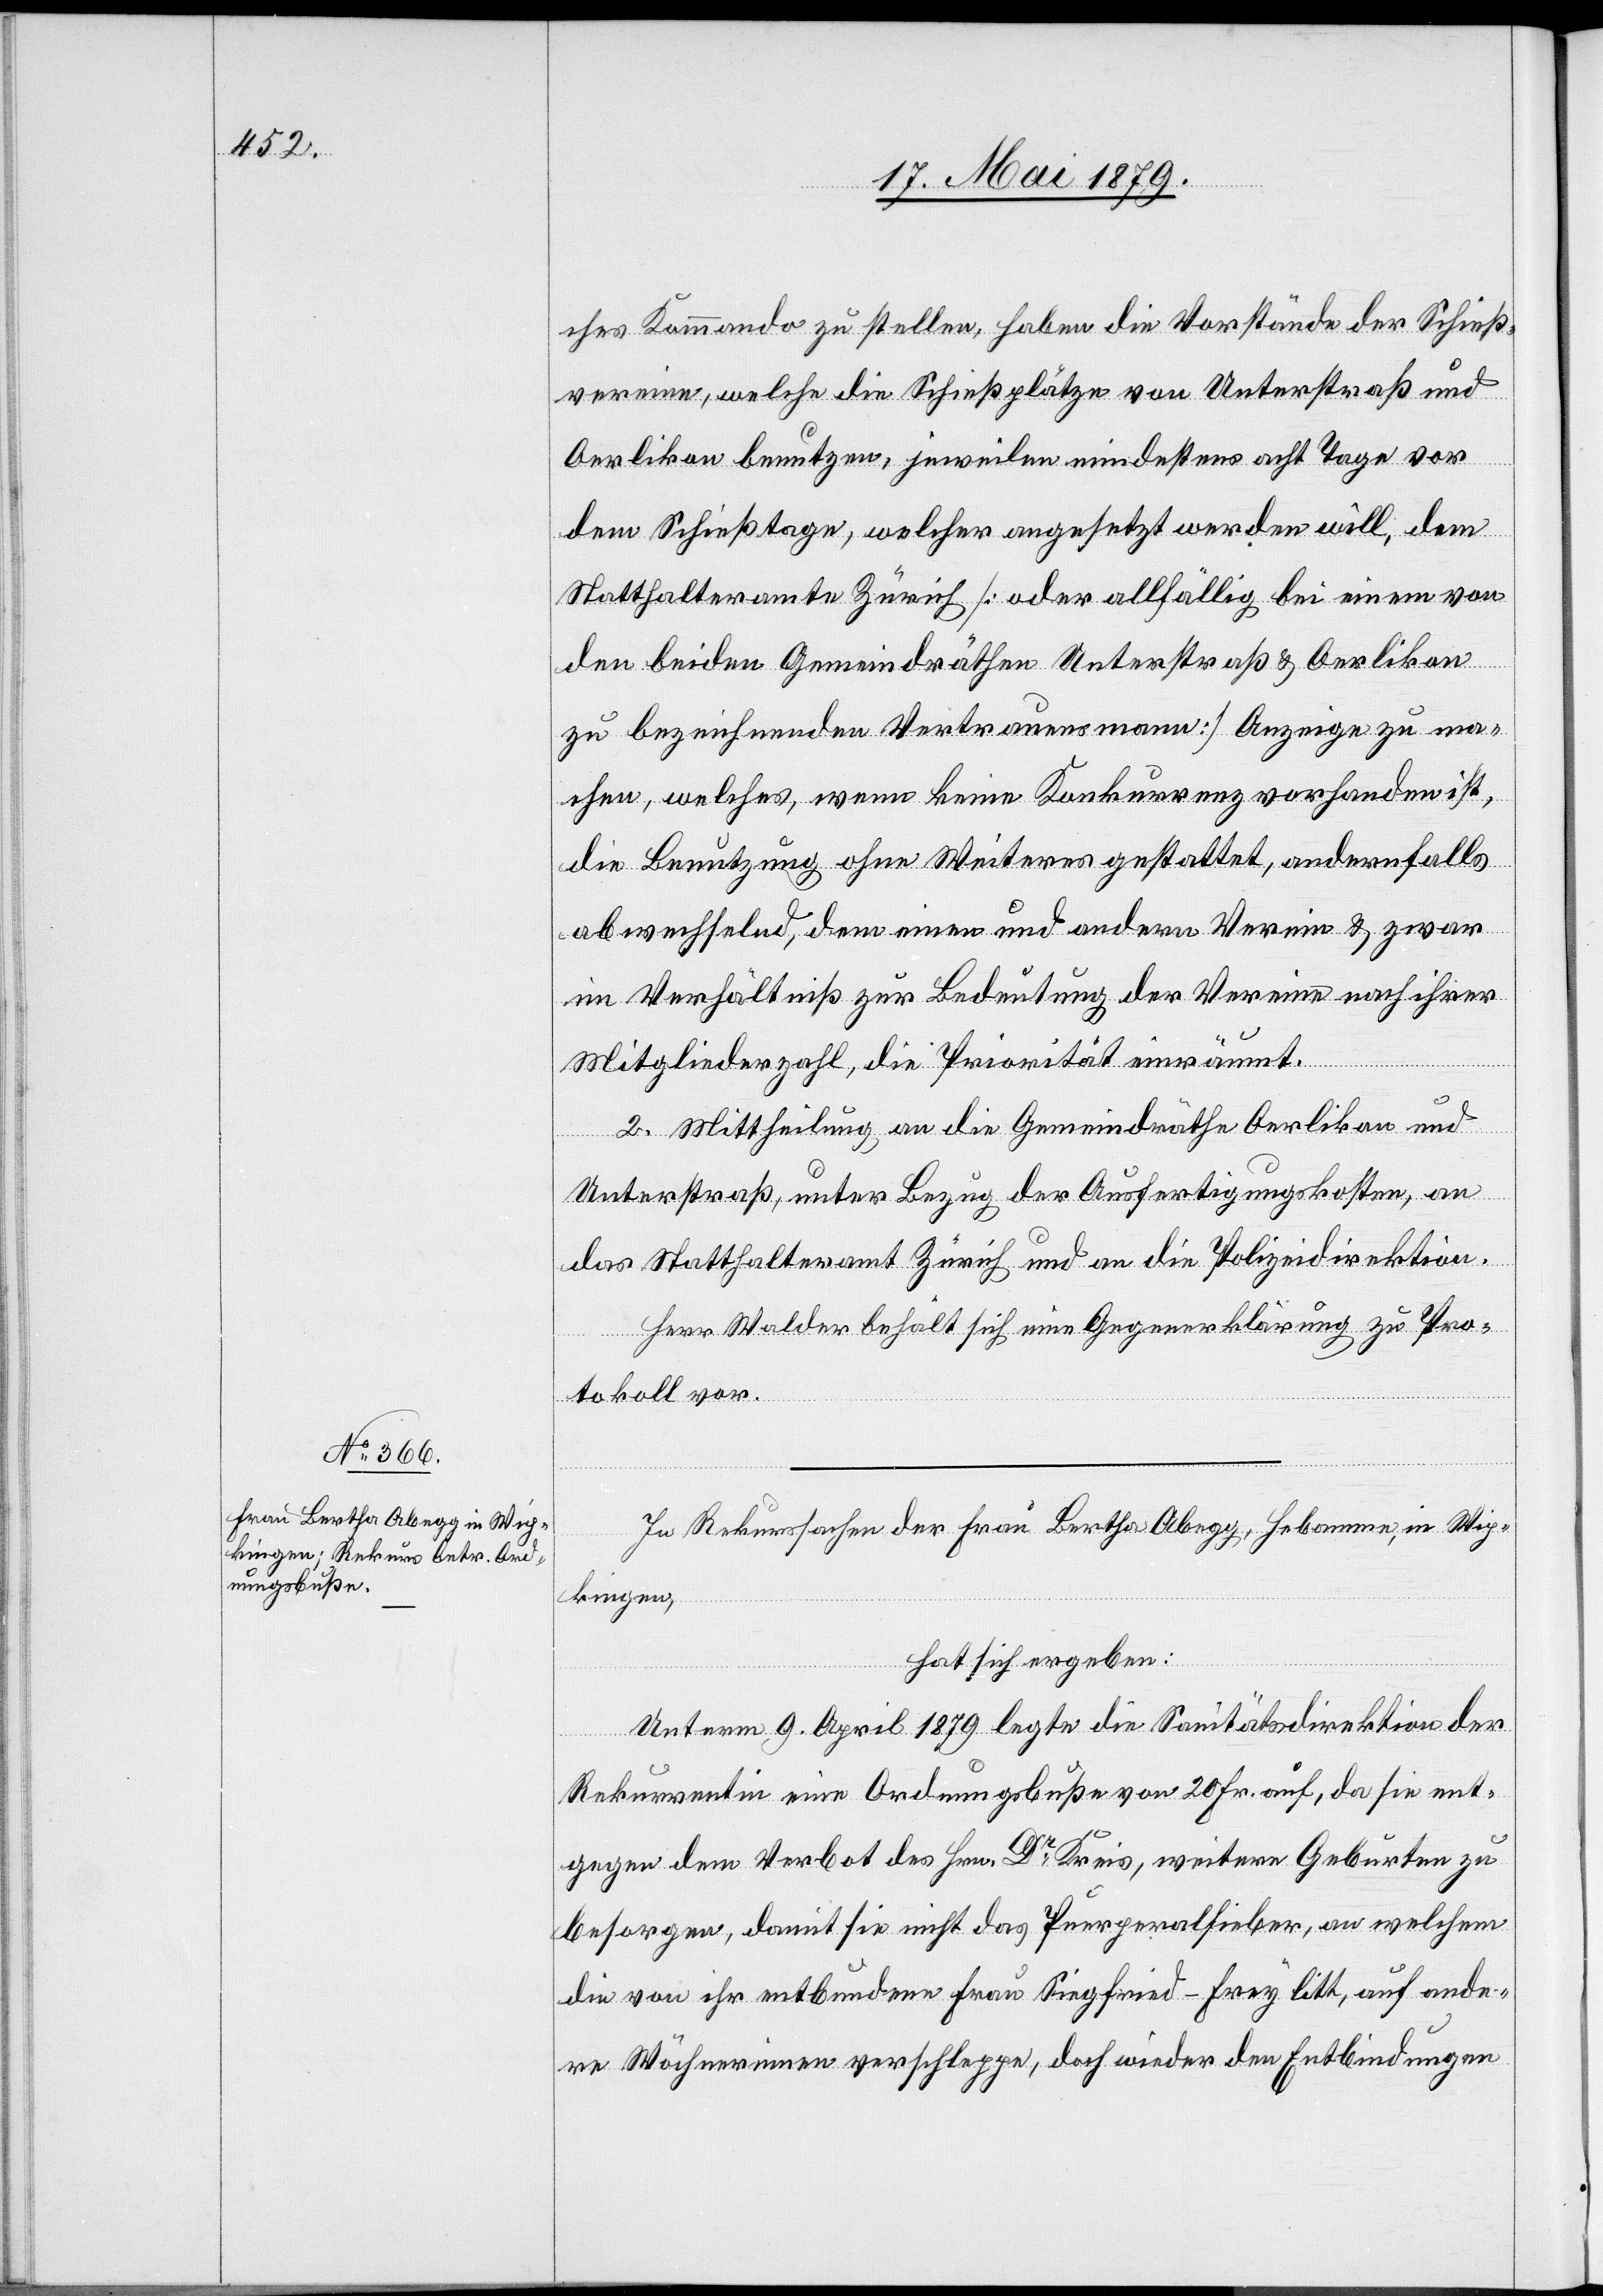
ches Kommando zu stellen, haben die Vorstände der Schieß¬
vereine, welche die Schießplätze von Unterstraß und
Oerlikon benutzen, jeweilen mindestens acht Tage vor
dem Schießtage, welcher angesetzt werden will, dem
Statthalteramte Zürich [oder allfällig bei einem von
den beiden Gemeindräthen Unterstraß & Oerlikon
zu bezeichnenden Vertrauensmann] Anzeige zu ma¬
chen, welches, wenn keine Konkurrenz vorhanden ist,
die Benutzung ohne Weiteres gestattet, andernfalls
abwechselnd, dem einen und andern Verein & zwar
im Verhältniß zur Bedeutung der Vereine nach ihrer
Mitgliederzahl, die Priorität einräumt.
2. Mittheilung an die Gemeindräthe Oerlikon und
Unterstraß, unter Bezug der Ausfertigungskosten, an
das Statthalteramt Zürich und an die Polizeidirektion.
Herr Walder behält sich eine Gegenerklärung zu Pro¬
tokoll vor.
In Rekurssachen der Frau Bertha Abegg, Hebamme, in Wip¬
kingen,
hat sich ergeben:
Unterm 9. April 1879 legte die Sanitätsdirektion der
Rekurrentin eine Ordnungsbuße von 20 Fr. auf, da sie ent¬
gegen dem Verbot des Hrn. Dr Kreis, weitere Geburten zu
besorgen, damit sie nicht das Puerperalfieber, an welchem
die von ihr entbundene Frau Siegfried-Frey litt, auf ande¬
re Wöchnerinnen verschleppe, doch wieder den Entbindungen